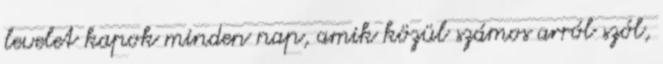
levelet kapok minden nap, amik közül számos arról szól,